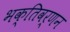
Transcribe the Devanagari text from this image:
भक्तिवर्णन